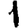
Digit: 1